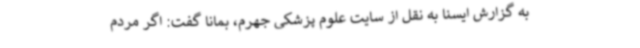
به گزارش ایسنا به نقل از سایت علوم پزشکی جهرم، بمانا گفت: اگر مردم